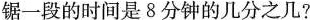
锯一段的时间是8分钟的几分之几?